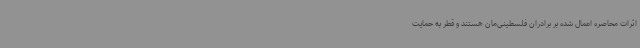
اثرات محاصره اعمال شده بر برادران فلسطینی‌مان هستند و قطر به حمایت